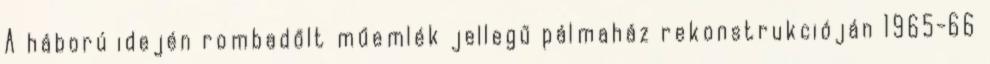
A háború idején rombadőlt műemlék jellegű pálmaház rekonstrukcióján 1965-66